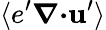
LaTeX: \langle{e^{\prime}{\boldsymbol{\nabla}}{\boldsymbol{\cdot}}{\textbf{u}}^{\prime}}\rangle